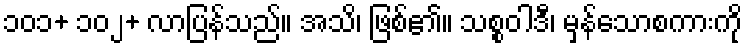
၁၀၁+ ၁၀၂+ လာပြန်သည်။ အသိ၊ ဖြစ်၏။ သစ္စဝါဒီ၊ မှန်သောစကားကို